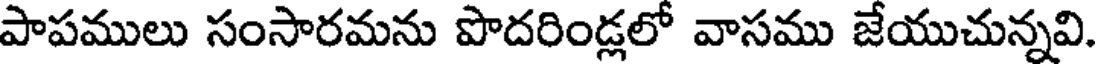
పాపములు సంసారమను పొదరిండ్లలో వాసము జేయుచున్నవి.